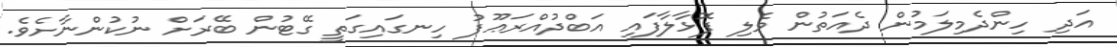
އަދި ހިންދެމިލަމުން ދެއަތުން ވެލި ފޮޅާލާފައި އަބްދުއްރަޢޫފު ހިނގައިގަތީ ގޭޓުން ބޭރަށް ނުކުންނާށެވެ.